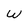
Character: W